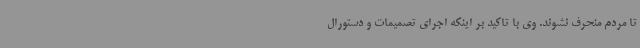
تا مردم منحرف نشوند. وی با تاکید بر اینکه اجرای تصمیمات و دستورال